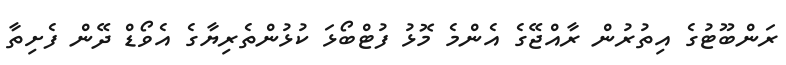
ރަންބޫޓުގެ އިތުރުން ރާއްޖޭގެ އެންމެ މޮޅު ފުޓްބޯޅަ ކުޅުންތެރިޔާގެ އެވޯޑް ދޭން ފެށިތާ